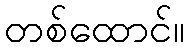
တစ်ထောင်။